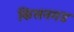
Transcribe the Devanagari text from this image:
किसनगड